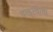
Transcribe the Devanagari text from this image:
वक्तृत्वाचा